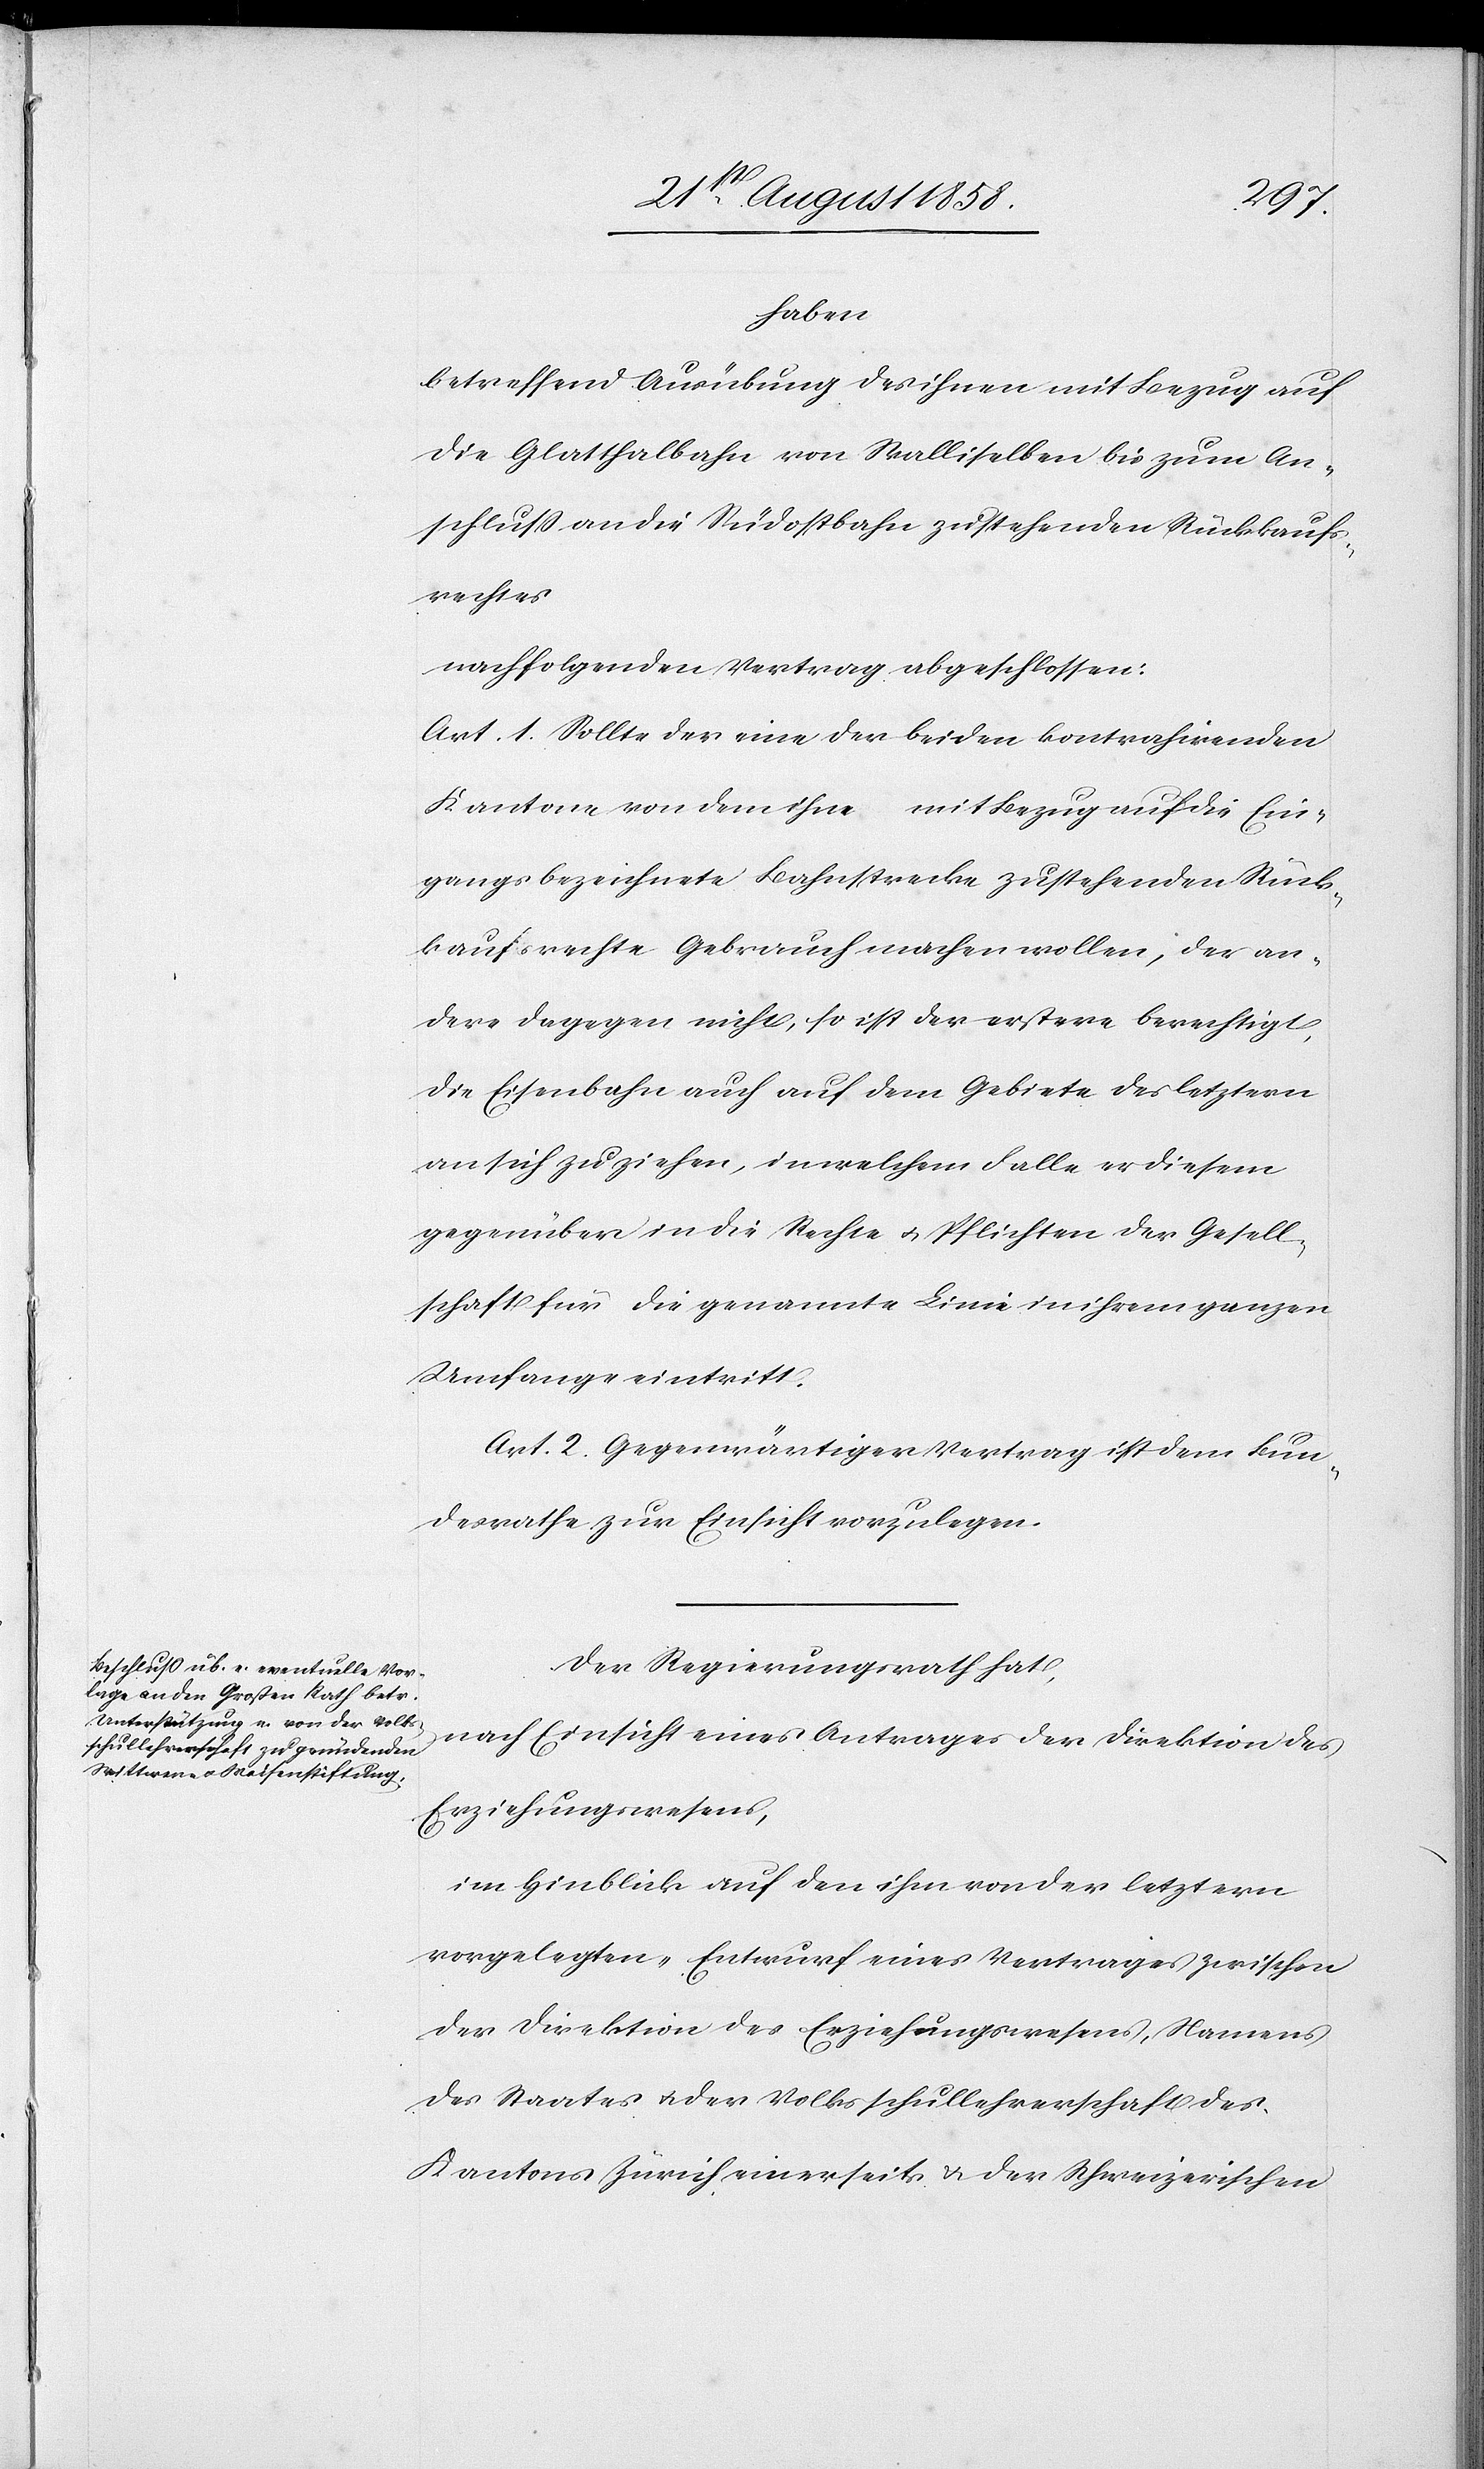
haben
betreffend Ausübung des ihnen mit Bezug auf
die Glatthalbahn von Wallisellen bis zum An¬
schluss an die Südostbahn zustehenden Rückkaufs¬
rechtes
nachfolgenden Vertrag abgeschlossen:
Art. 1. Sollte der eine der beiden kontrahirenden
Kantone von dem ihm mit Bezug auf die Ein¬
gangs bezeichnete Bahnstrecke zustehenden Rück¬
kaufsrechte Gebrauch machen wollen, der an¬
dere dagegen nicht, so ist der erstere berechtigt,
die Eisenbahn auch auf dem Gebiete des letztern
an sich zu ziehen, in welchem Falle er diesem
gegenüber in die Rechte & Pflichten der Gesell¬
schaft für die genannte Linie in ihrem ganzen
Umfange eintritt.
Art. 2. Gegenwärtiger Vertrag ist dem Bun¬
desrathe zur Einsicht vorzulegen.
Der Regierungsrath hat,
nach Einsicht eines Antrages der Direktion des
Erziehungswesens,
im Hinblick auf den ihm von der letztern
vorgelegten „Entwurf eines Vertrages zwischen
der Direktion des Erziehungswesens, Namens
des Staates & der Volksschullehrerschaft des
Kantons Zürich einerseits & der Schweizerischen